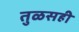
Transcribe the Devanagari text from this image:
तुळसही